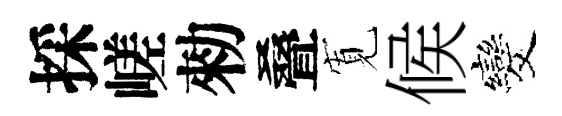
採嵯勑叠𡩖候发